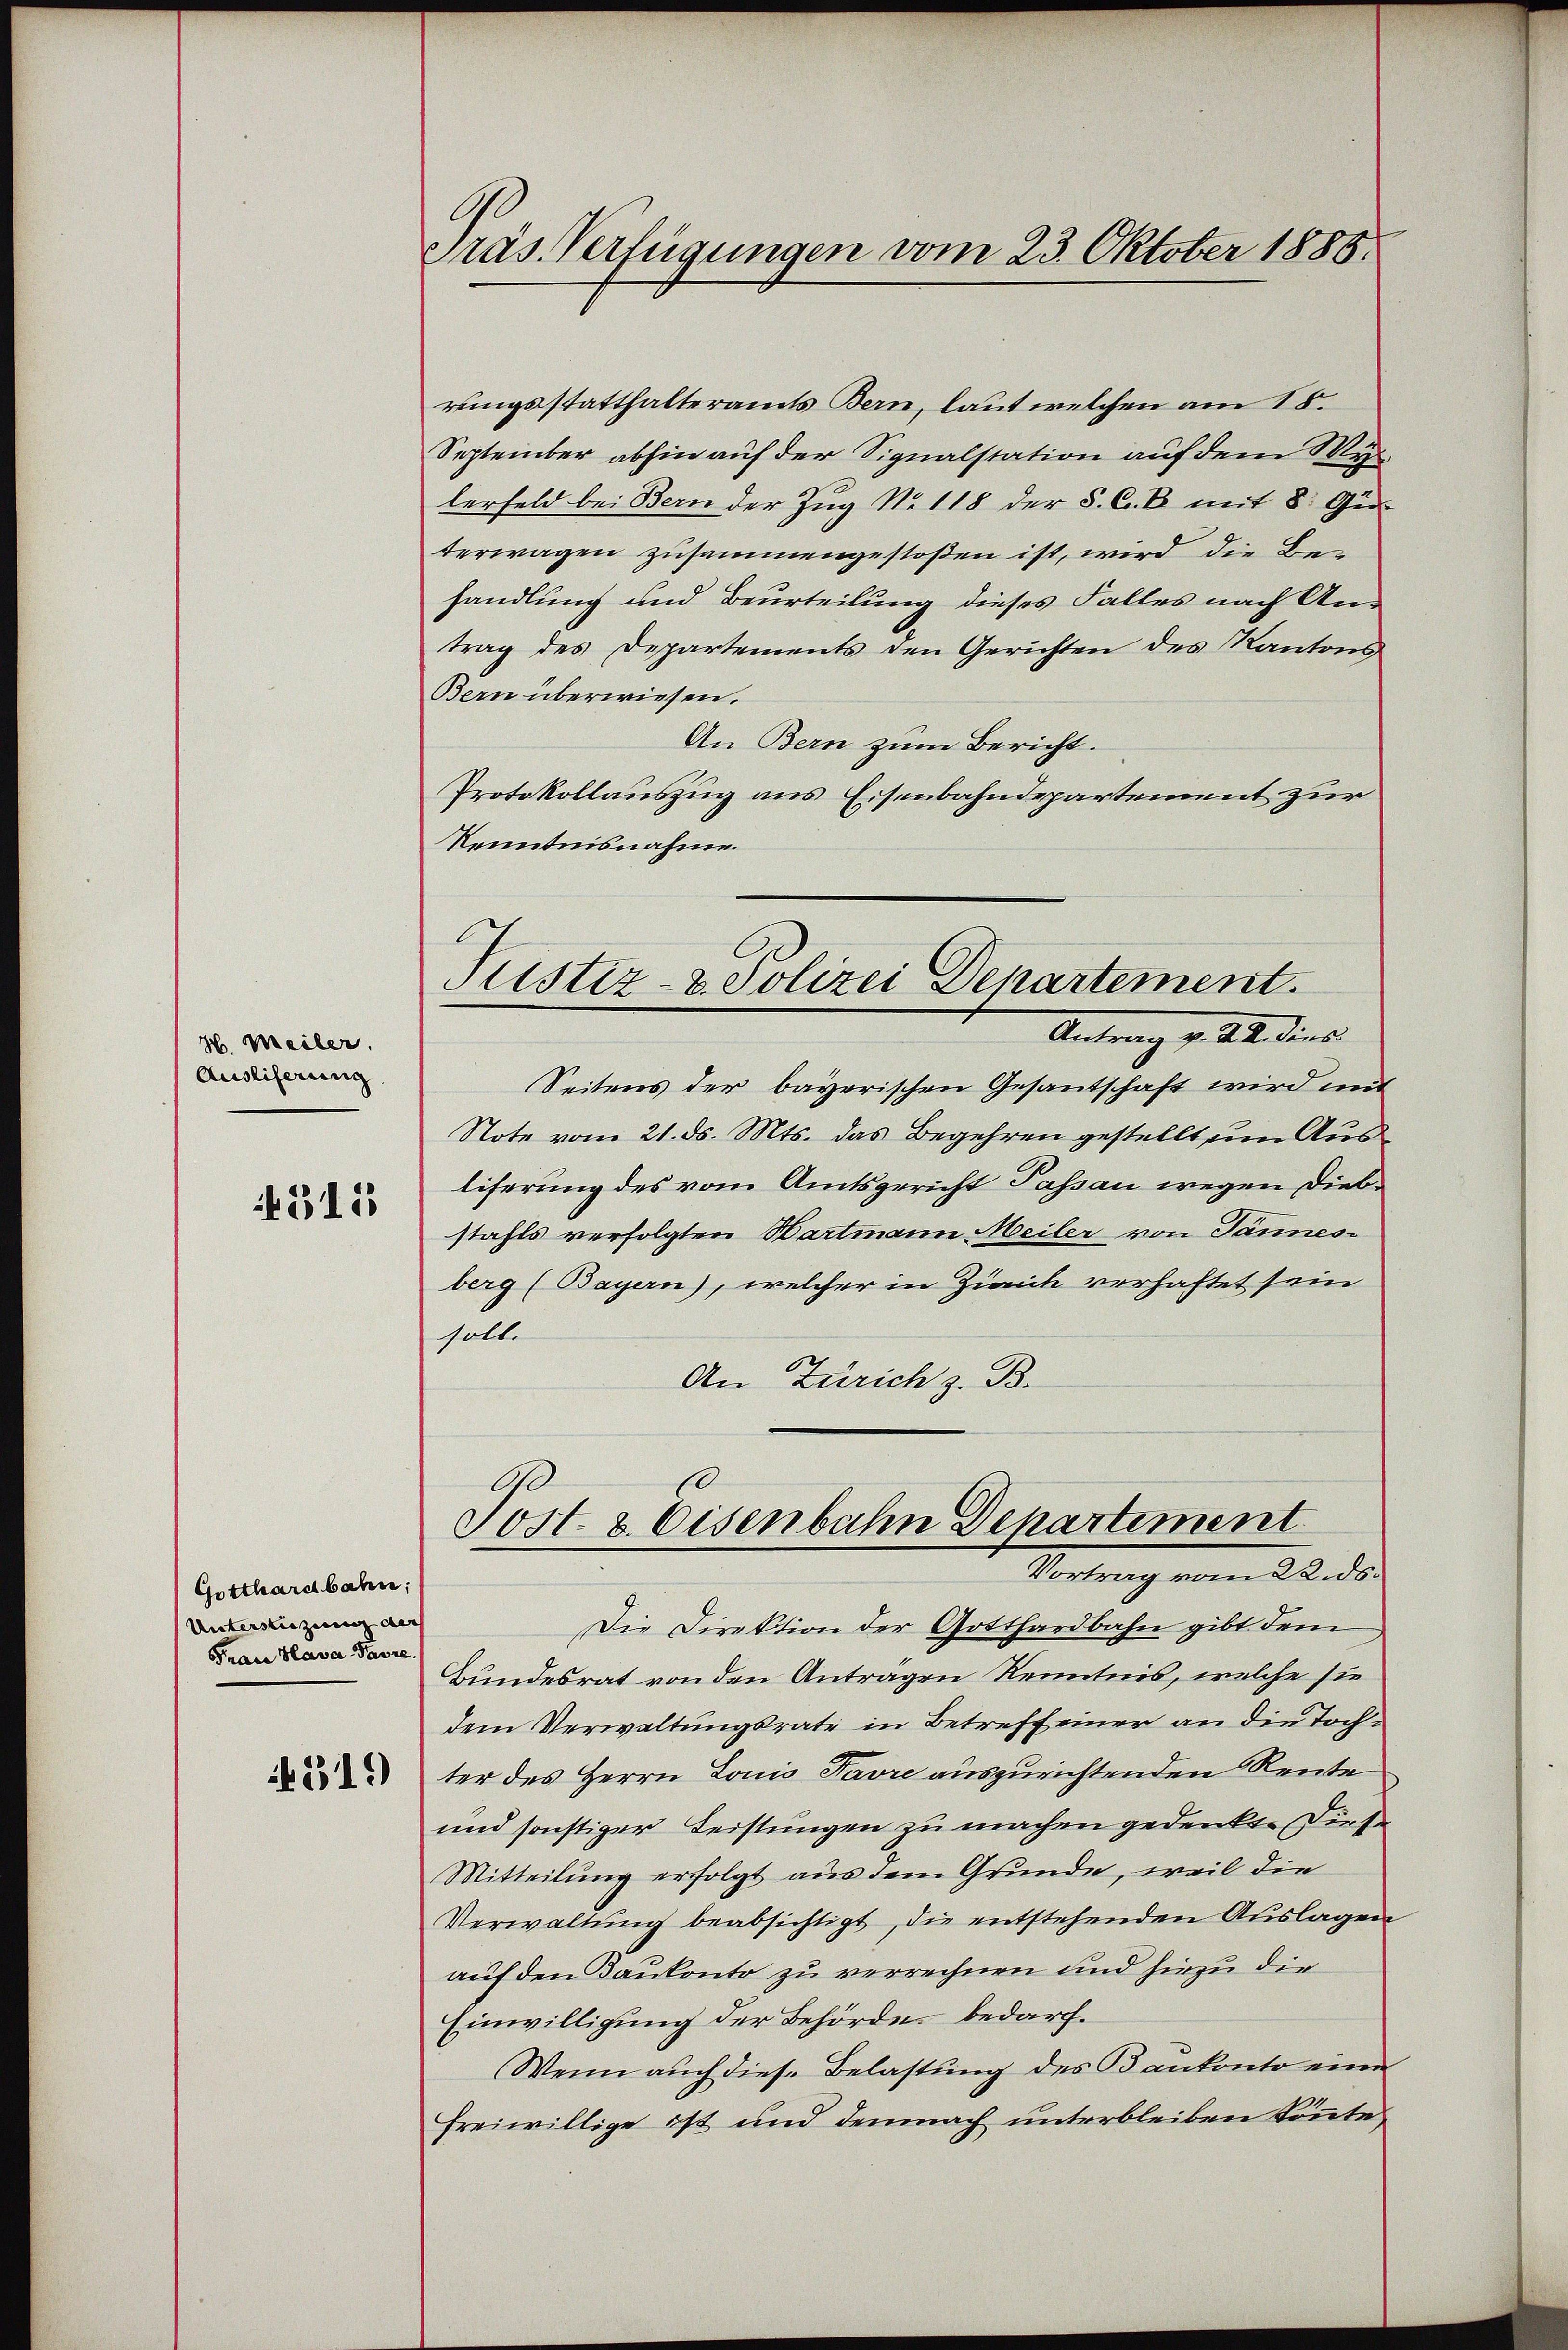
H. Meiler.
Ausliferung

4315

Gotthardbahn,
Unterstüzung der
Frau Hava Favre,

319)

Präs. Verfügungen vom 23. Oktober 1885.

rungsstatthalteramts Bern, laut welchen am 15.
September abhin auf der Signalstation auf dem Wylerfeld bei Bern der Zug No 118 der S. C. B. mit 8: Guterwagen zusammengestoßen ist, wird die Behandlung und Beurteilung dieses Falles nach Antrag des Departements den Gerichten des Kantons
Bern überwiesen.
An Bern zum Bericht.
Protokollauszug aus Eisenbahndepartement zur
Kenntnisnahme.

Justiz- & Polizei Departement.
Antrag v. Sei dies

G
s
Sost- & Eisenbahn Departement
Vortrag vom 2. an der

Seitens der bayerischen Gesantschaft wird mit
Note vom 21. ds. Mts. das Begehren gestellt um Ausliferung des vom Amtsgericht Passau wegen Diebstahls verfolgten Hartmann Meiler von Tannes-
berg (Bayern), welcher in Zürich verhaftet sein
soll.
An Zürich z. B.

Die Direktion der Gotthardbahn gibt dem
Bundesrat von den Antragen Kenntnis, welche sie
dem Verwaltungsrate in Betreff einer an die Tochter des Herrn Louis Favre auszurichtenden Rente
und sonstiger Leistungen zu machen gedenkt. Diese
Mitteilung erfolgt aus dem Grunde, weil die
Verwaltung beabsichtigt, die entstehenden Auslagen
auf den Baukonto zu verrechnen und hiezu dir
Einwilligung der Behörde bedarch¬
Wenn auch diese Belastung des Bankonto eine
freiwillige ist und demnach unterbleiben könnte,